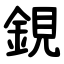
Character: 鋧